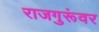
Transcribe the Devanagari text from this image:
राजगुरूंवर